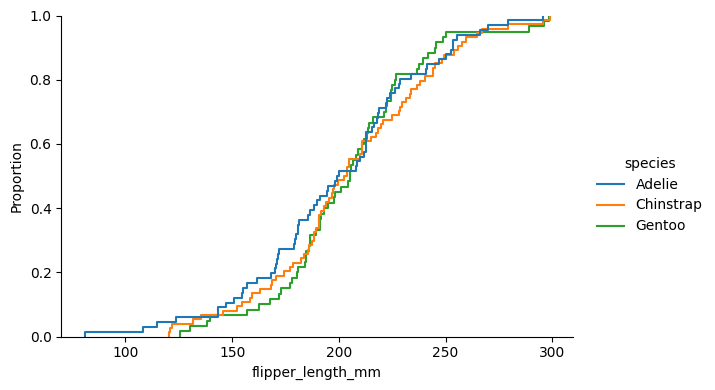
python, seaborn, displot, kind='ecdf', column='flipper_length_mm', hue='species', height=4, aspect=1.5